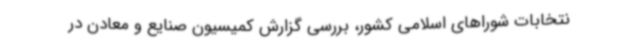
نتخابات شوراهای اسلامی کشور، بررسی گزارش کمیسیون صنایع و معادن در